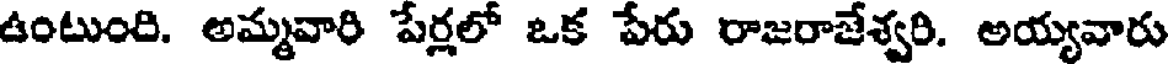
ఉంటుంది. అమ్మవారి పేర్లలో ఒక పేరు రాజరాజేశ్వరి. అయ్యవారు